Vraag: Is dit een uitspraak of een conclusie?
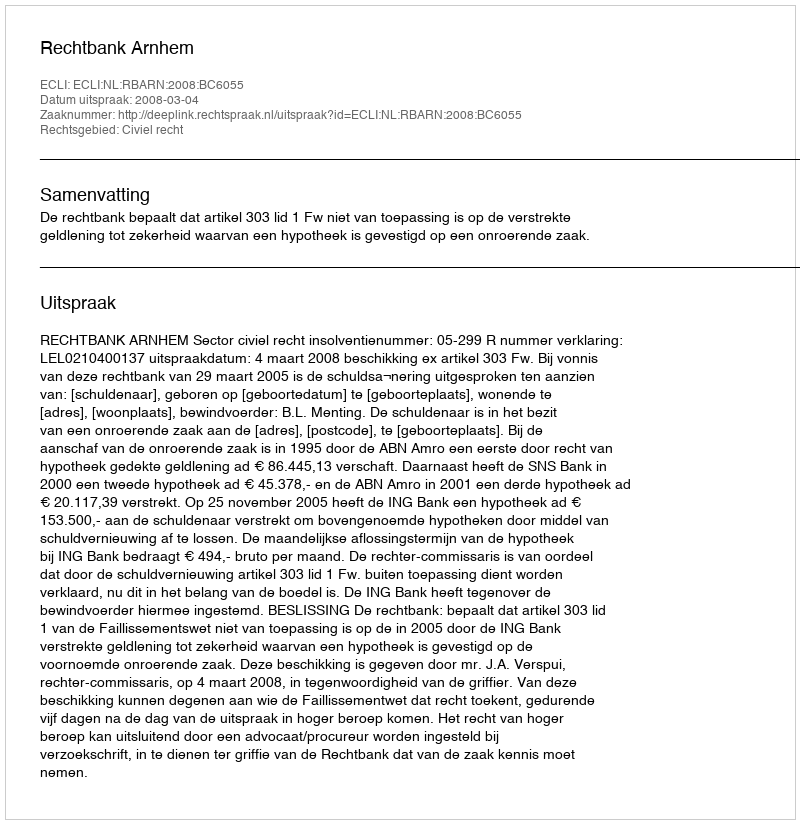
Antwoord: Uitspraak